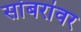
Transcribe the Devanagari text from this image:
सांबरांवर